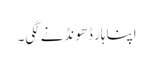
اپنا ہار ڈھونڈنے لگی۔